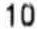
10